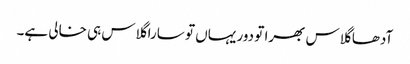
آدھا گلاس بھرا تو دور یہاں تو سارا گلاس ہی خالی ہے۔